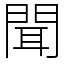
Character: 聞